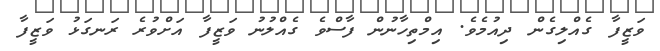
ވަޒީފާ ގެއްލިގެން ދިއުމެވެ. އިމްތިހާނުން ފާސްވެ ގެއްލުނު ވަޒީފާ އަށްވުރެ ރަނގަޅު ވަޒީފާ